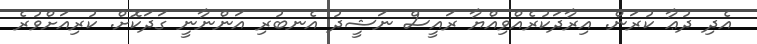
އެދި ދުޢާ ކުރަން. އިރާދަކުރެއްވިއްޔާ ރައީސް ނަޝީދު އެނބުރި އަންނާނީ ގަދަކޮށް. ކުރިއަށްވުރެ